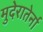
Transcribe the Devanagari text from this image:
मुदेरातेर्ना